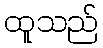
ထူသည်